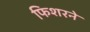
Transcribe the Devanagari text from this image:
फिशरने